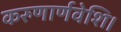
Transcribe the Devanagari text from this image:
करुणार्णवेशि।